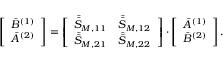
\left[ \begin{array} { l } { \bar { B } ^ { ( 1 ) } } \\ { \bar { A } ^ { ( 2 ) } } \end{array} \right] = \left[ \begin{array} { l l } { \bar { \bar { S } } _ { M , 1 1 } } & { \bar { \bar { S } } _ { M , 1 2 } } \\ { \bar { \bar { S } } _ { M , 2 1 } } & { \bar { \bar { S } } _ { M , 2 2 } } \end{array} \right] \cdot \left[ \begin{array} { l } { \bar { A } ^ { ( 1 ) } } \\ { \bar { B } ^ { ( 2 ) } } \end{array} \right] .